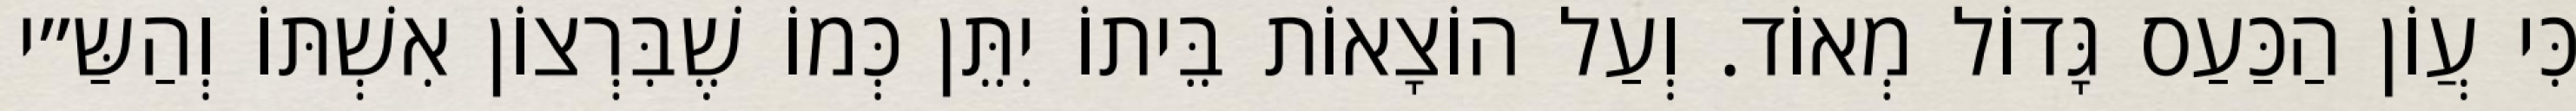
כִּי עֲוֹן הַכַּעַס גָּדוֹל מְאוֹד. וְעַל הוֹצָאוֹת בֵּיתוֹ יִתֵּן כְּמוֹ שֶׁבִּרְצוֹן אִשְׁתּוֹ וְהַשַּ״י